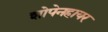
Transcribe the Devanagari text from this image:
शोपेनहायर